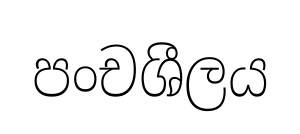
පංචශීලය